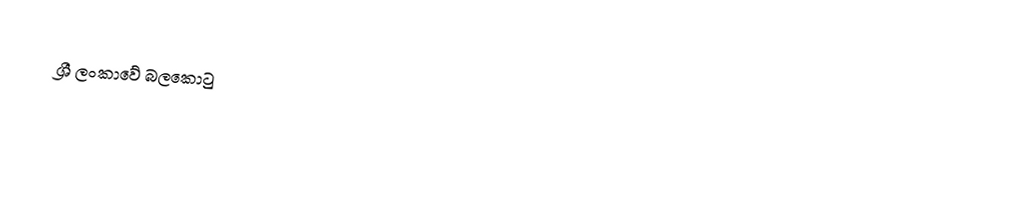
ශ්‍රී ලංකාවේ බලකොටු